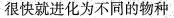
很快就进化为不同的物种